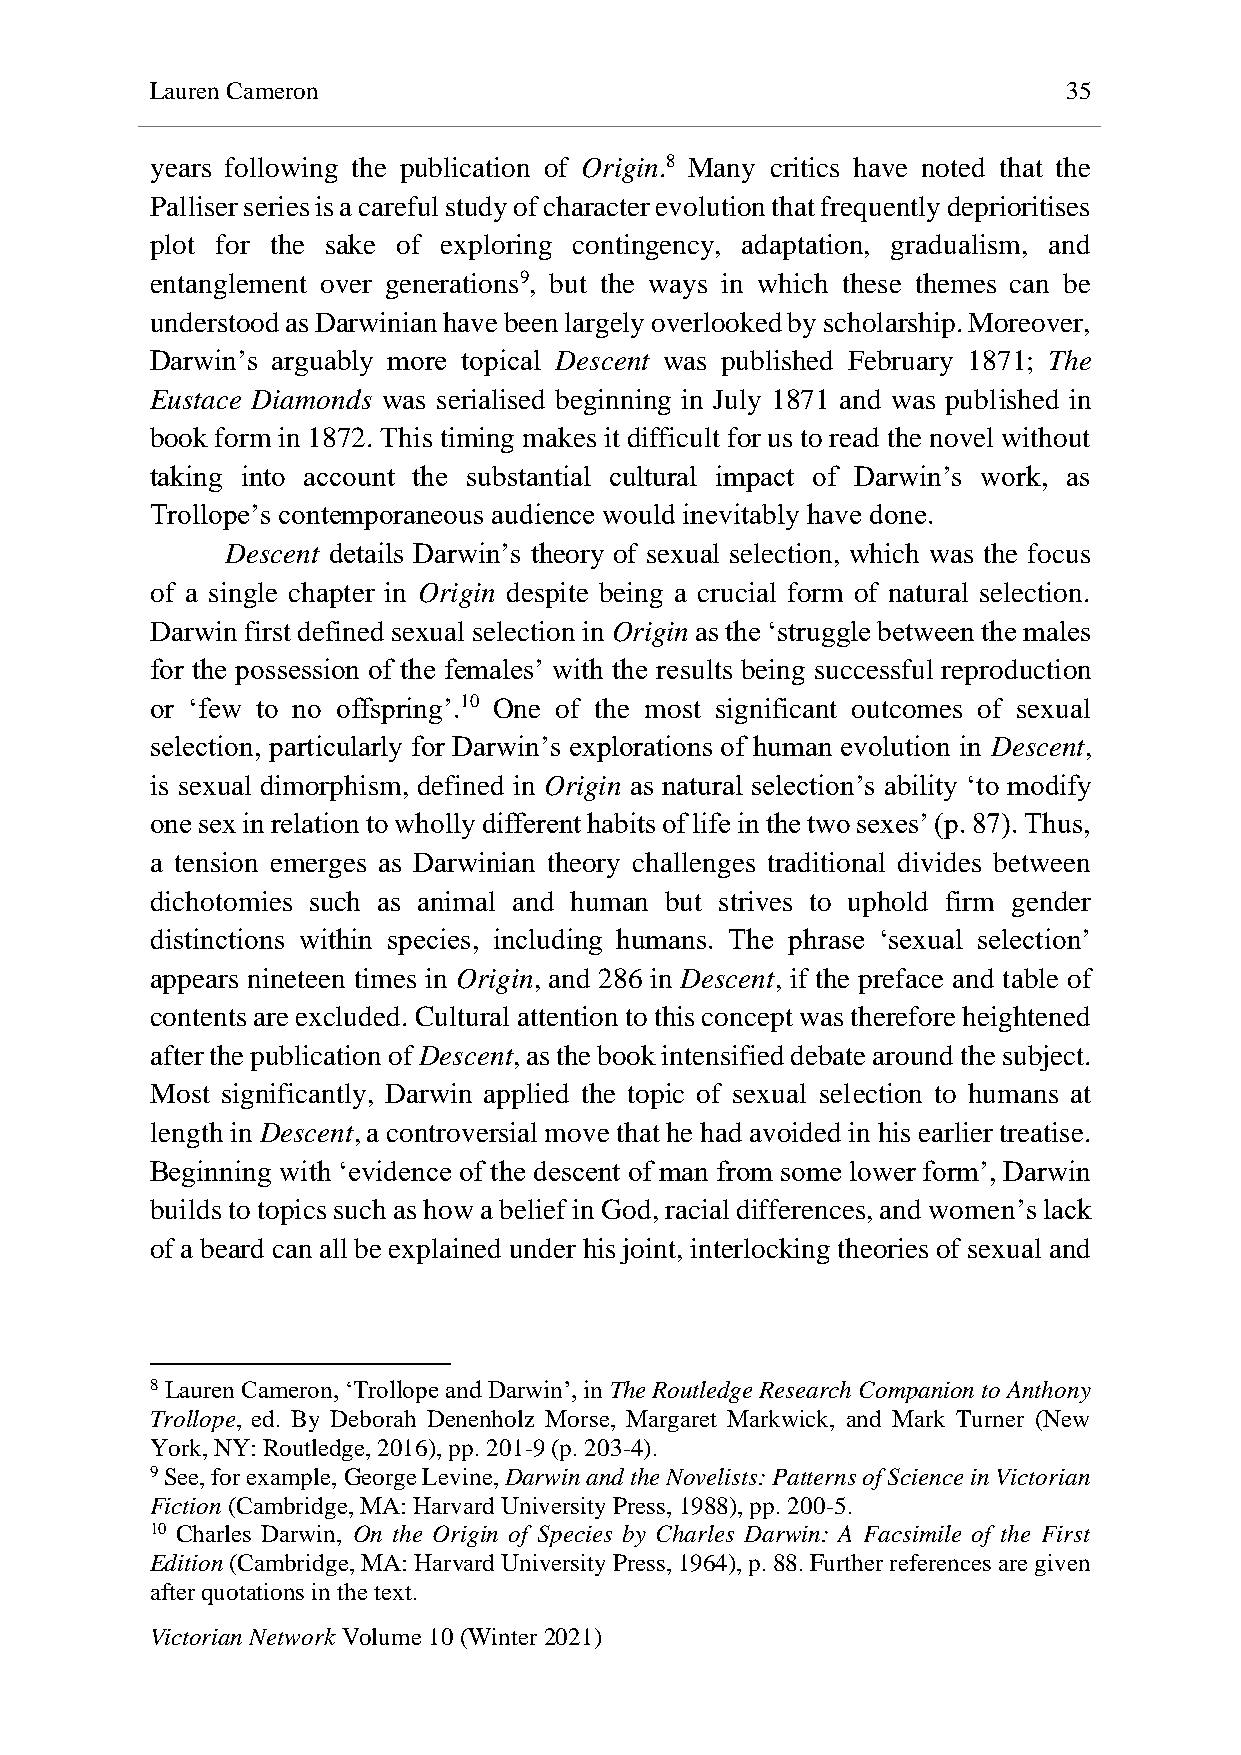
Lauren Cameron                                               35
 years following the publication of Origin.8 Many critics have noted that the
 Palliser series is a careful study of character evolution that frequently deprioritises
 plot for the sake of exploring contingency, adaptation, gradualism, and
 entanglement over generations9, but the ways in which these themes can be
 understood as Darwinian have been largely overlooked by scholarship. Moreover,
 Darwin’s arguably more topical Descent was published February 1871; The
 Eustace Diamonds was serialised beginning in July 1871 and was published in
 book form in 1872. This timing makes it difficult for us to read the novel without
 taking into account the substantial cultural impact of Darwin’s work, as
 Trollope’s contemporaneous audience would inevitably have done.
 Descent details Darwin’s theory of sexual selection, which was the focus
 of a single chapter in Origin despite being a crucial form of natural selection.
 Darwin first defined sexual selection in Origin as the ‘struggle between the males
 for the possession of the females’ with the results being successful reproduction
 or ‘few to no offspring’.10 One of the most significant outcomes of sexual
 selection, particularly for Darwin’s explorations of human evolution in Descent,
 is sexual dimorphism, defined in Origin as natural selection’s ability ‘to modify
 one sex in relation to wholly different habits of life in the two sexes’ (p. 87). Thus,
 a tension emerges as Darwinian theory challenges traditional divides between
 dichotomies such as animal and human but strives to uphold firm gender
 distinctions within species, including humans. The phrase ‘sexual selection’
 appears nineteen times in Origin, and 286 in Descent, if the preface and table of
 contents are excluded. Cultural attention to this concept was therefore heightened
 after the publication of Descent, as the book intensified debate around the subject.
 Most significantly, Darwin applied the topic of sexual selection to humans at
 length in Descent, a controversial move that he had avoided in his earlier treatise.
 Beginning with ‘evidence of the descent of man from some lower form’, Darwin
 builds to topics such as how a belief in God, racial differences, and women’s lack
 of a beard can all be explained under his joint, interlocking theories of sexual and
 8 Lauren Cameron, ‘Trollope and Darwin’, in The Routledge Research Companion to Anthony
 Trollope, ed. By Deborah Denenholz Morse, Margaret Markwick, and Mark Turner (New
 York, NY: Routledge, 2016), pp. 201-9 (p. 203-4).
 9 See, for example, George Levine, Darwin and the Novelists: Patterns of Science in Victorian
 Fiction (Cambridge, MA: Harvard University Press, 1988), pp. 200-5.
 10 Charles Darwin, On the Origin of Species by Charles Darwin: A Facsimile of the First
 Edition (Cambridge, MA: Harvard University Press, 1964), p. 88. Further references are given
 after quotations in the text.
 Victorian Network Volume 10 (Winter 2021)